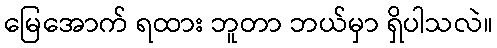
မြေအောက် ရထား ဘူတာ ဘယ်မှာ ရှိပါသလဲ။